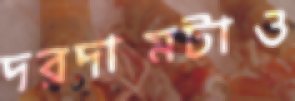
দরদামটাও